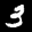
Label: 3